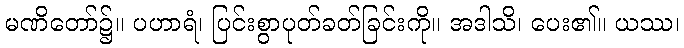
မဏိတော်၌။ ပဟာရံ၊ ပြင်းစွာပုတ်ခတ်ခြင်းကို။ အဒါသိ၊ ပေး၏။ ယဿ၊